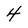
Character: 4